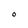
Character: O